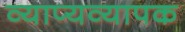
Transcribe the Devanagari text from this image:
व्याप्यव्यापक